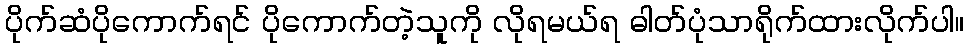
ပိုက်ဆံပိုကောက်ရင် ပိုကောက်တဲ့သူကို လိုရမယ်ရ ဓါတ်ပုံသာရိုက်ထားလိုက်ပါ။